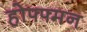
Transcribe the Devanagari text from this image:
होफ्फ्मन